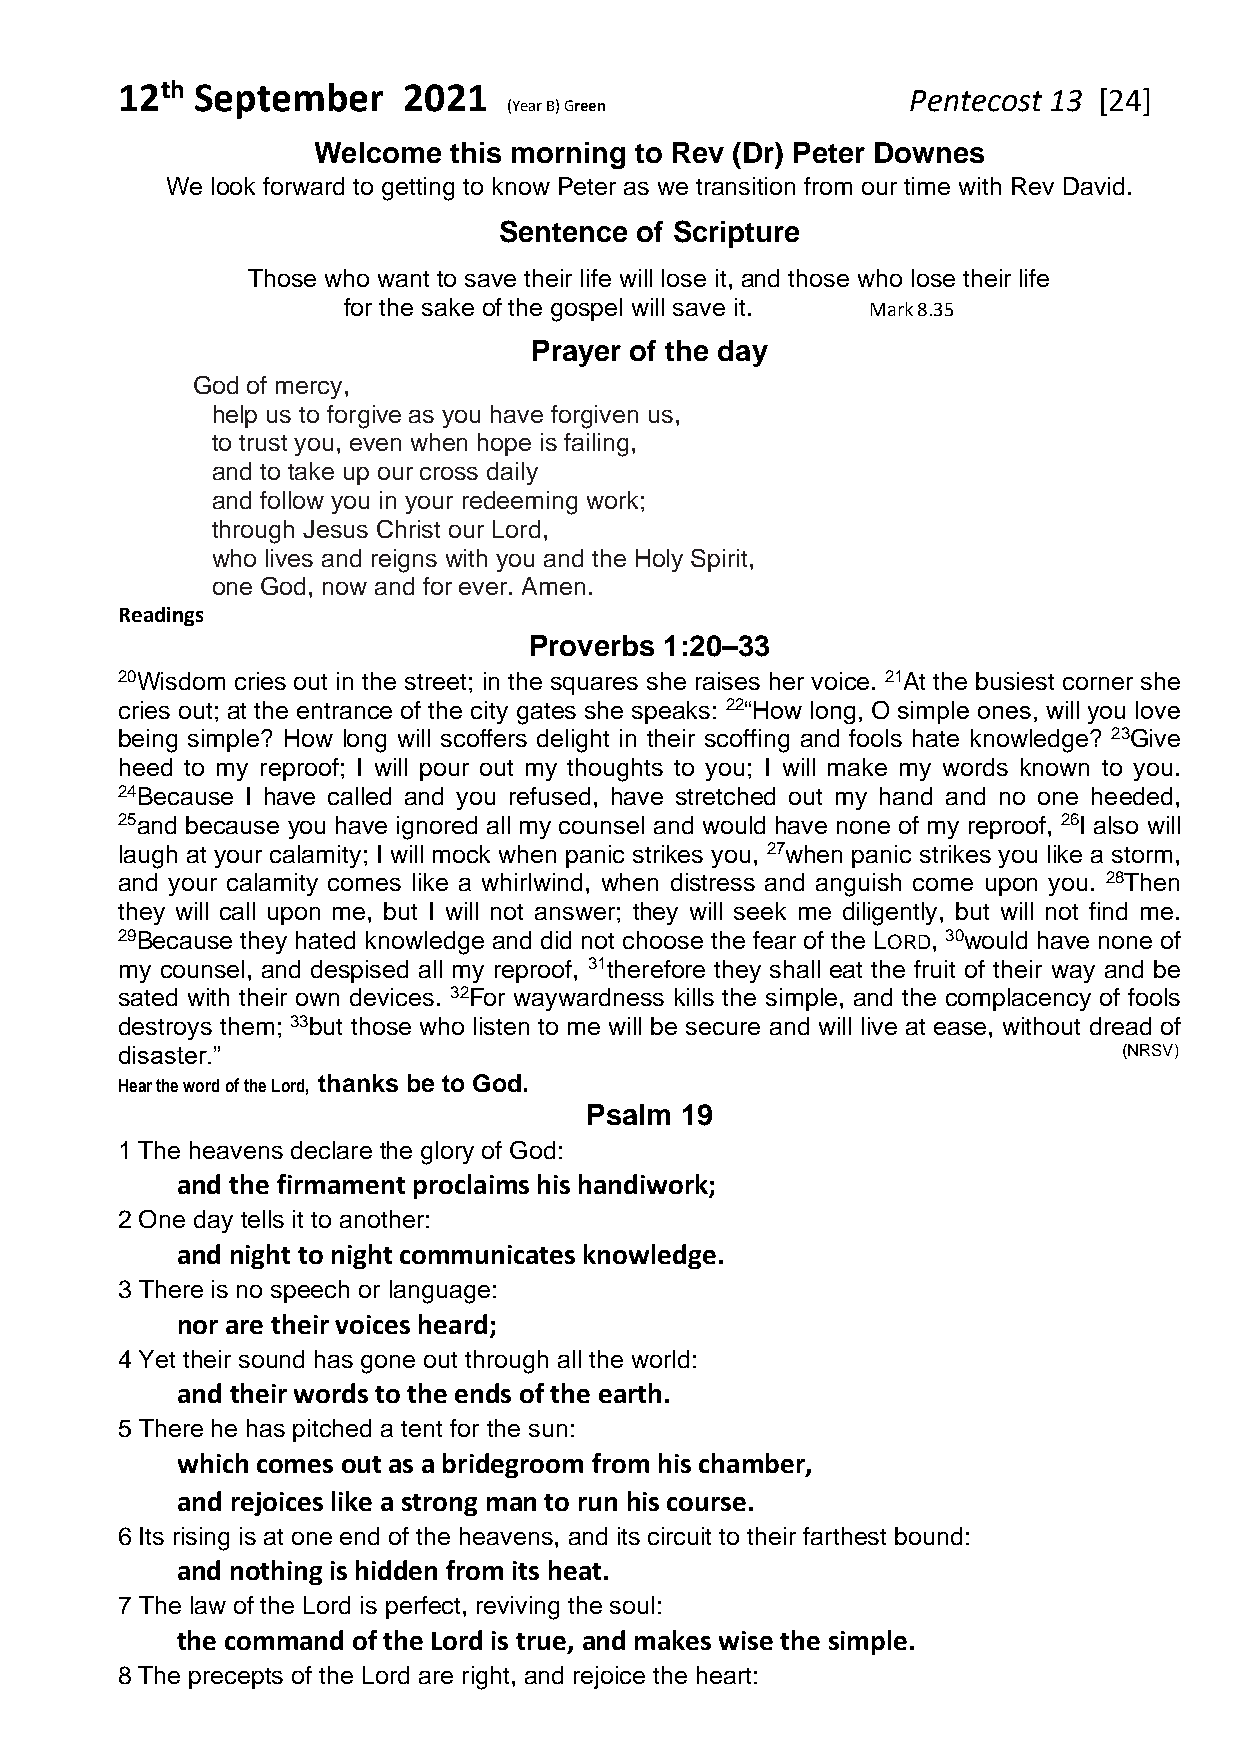
12th September     2021
 Pentecost 13 [24]
 (Year B) Green
 Welcome  this morning to Rev (Dr) Peter Downes
 We look forward to getting to know Peter as we transition from our time with Rev David.
 Sentence of Scripture
 Those who want to save their life will lose it, and those who lose their life
 for the sake of the gospel will save it. Mark 8.35
 Prayer of the day
 God of mercy,
 help us to forgive as you have forgiven us,
 to trust you, even when hope is failing,
 and to take up our cross daily
 and follow you in your redeeming work;
 through Jesus Christ our Lord,
 who lives and reigns with you and the Holy Spirit,
 one God, now and for ever. Amen.
 Readings
 Proverbs 1:20–33
 20Wisdom cries out in the street; in the squares she raises her voice. 21At the busiest corner she
 cries out; at the entrance of the city gates she speaks: 22“How long, O simple ones, will you love
 being simple? How long will scoffers delight in their scoffing and fools hate knowledge? 23Give
 heed to my reproof; I will pour out my thoughts to you; I will make my words known to you.
 24Because I have called and you refused, have stretched out my hand and no one heeded,
 25and because you have ignored all my counsel and would have none of my reproof, 26I also will
 laugh at your calamity; I will mock when panic strikes you, 27when panic strikes you like a storm,
 and your calamity comes like a whirlwind, when distress and anguish come upon you. 28Then
 they will call upon me, but I will not answer; they will seek me diligently, but will not find me.
 29Because they hated knowledge and did not choose the fear of the LORD, 30would have none of
 my counsel, and despised all my reproof, 31therefore they shall eat the fruit of their way and be
 sated with their own devices. 32For waywardness kills the simple, and the complacency of fools
 destroys them; 33but those who listen to me will be secure and will live at ease, without dread of
 disaster.”                                                        (NRSV)
 Hear the word of the Lord, thanks be to God.
 Psalm 19
 1 The heavens declare the glory of God:
 and the firmament proclaims his handiwork;
 2 One day tells it to another:
 and night to night communicates knowledge.
 3 There is no speech or language:
 nor are their voices heard;
 4 Yet their sound has gone out through all the world:
 and their words to the ends of the earth.
 5 There he has pitched a tent for the sun:
 which comes out as a bridegroom from his chamber,
 and rejoices like a strong man to run his course.
 6 Its rising is at one end of the heavens, and its circuit to their farthest bound:
 and nothing is hidden from its heat.
 7 The law of the Lord is perfect, reviving the soul:
 the command of the Lord is true, and makes wise the simple.
 8 The precepts of the Lord are right, and rejoice the heart: